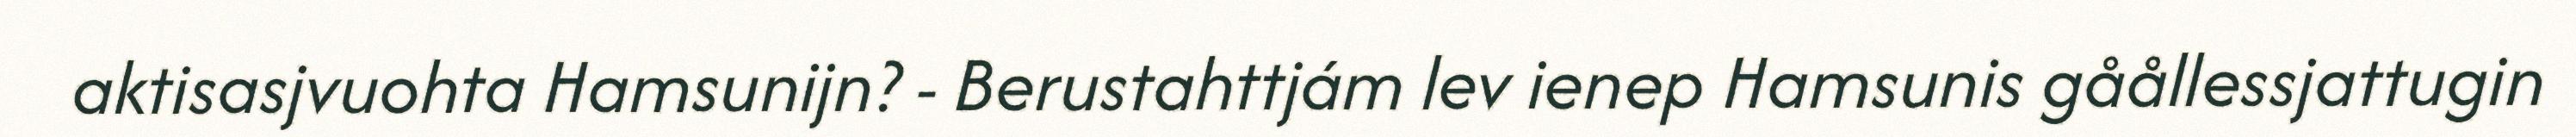
aktisasjvuohta Hamsunijn? - Berustahttjám lev ienep Hamsunis gåållessjattugin